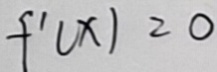
f ^ { \prime } ( x ) = 0